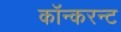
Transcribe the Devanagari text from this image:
कॉन्करन्ट